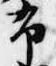
布